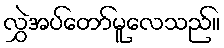
လွှဲအပ်တော်မူလေသည်။